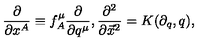
\frac { \partial } { \partial x ^ { A } } \equiv f _ { A } ^ { \mu } \frac { \partial } { \partial q ^ { \mu } } , \frac { \partial ^ { 2 } } { \partial \vec { x } ^ { 2 } } = K ( \partial _ { q } , q ) ,